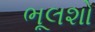
ભૂલશો